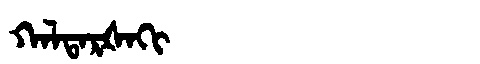
Manchu: ᡴᠠᠯᡨᠠᡵᡧᠠᡴᡳ
Romanization: KALTARŠAKI